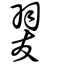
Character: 翇